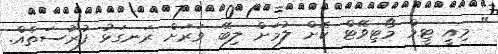
" މިއީ ޓީމް މޯޓިވޭޓް ކޮށް ލުމަށް ލިބޭ ވަރަށް ރަނގަޅު ފުރުަސަތެއް.